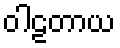
ဝါဠတာယ